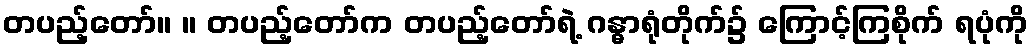
တပည့်တော်။ ။ တပည့်တော်က တပည့်တော်ရဲ့ ဂန္ဓာရုံတိုက်၌ ကြောင့်ကြစိုက် ရပုံကို